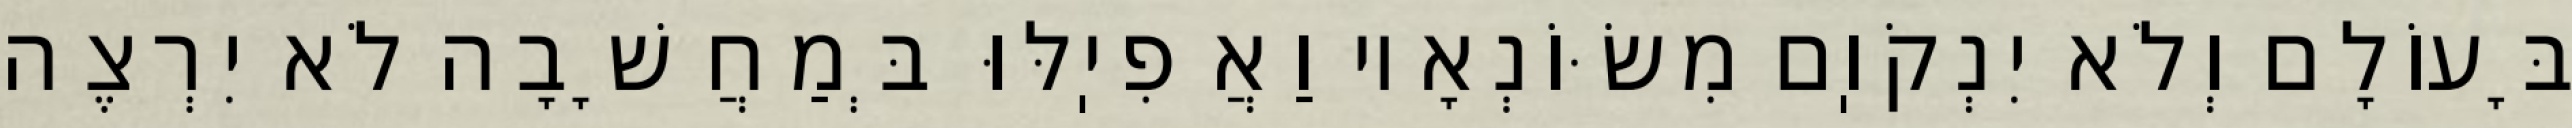
בָּעוֹלָם וְלֹא יִנְקֹוֽם מִשּׂוֹנְאָיו וַאֲפִיֽלּוּ בְּמַחֲשָׁבָה לֹא יִרְצֶה